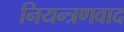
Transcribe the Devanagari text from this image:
नियन्त्रणवाद